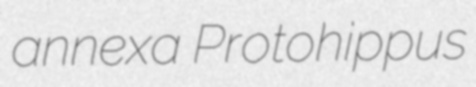
annexa Protohippus